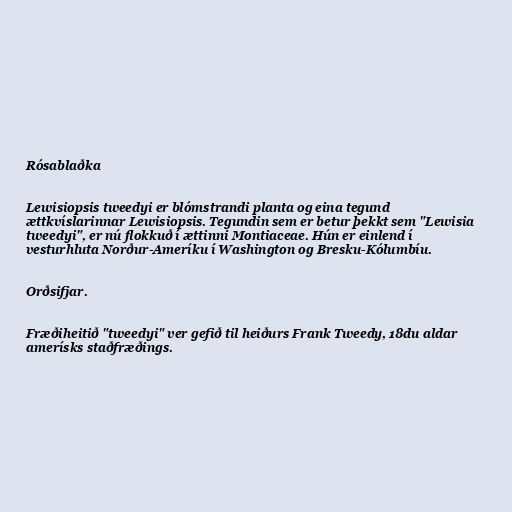
Rósablaðka

Lewisiopsis tweedyi er blómstrandi planta og eina tegund
ættkvíslarinnar Lewisiopsis. Tegundin sem er betur þekkt sem "Lewisia
tweedyi", er nú flokkuð í ættinni Montiaceae. Hún er einlend í
vesturhluta Norður-Ameríku í Washington og Bresku-Kólumbíu.

Orðsifjar.

Fræðiheitið "tweedyi" ver gefið til heiðurs Frank Tweedy, 18du aldar
amerísks staðfræðings.